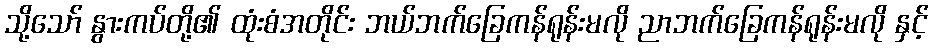
သို့သော် နွားကပ်တို့၏ ထုံးစံအတိုင်း ဘယ်ဘက်ခြေကန်ရုန်းမလို ညာဘက်ခြေကန်ရုန်းမလို နှင့်